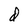
Character: d